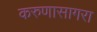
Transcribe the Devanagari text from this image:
करुणासागरा